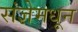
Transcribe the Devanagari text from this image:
संज्ञेमधून